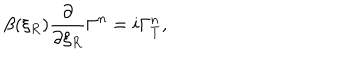
\beta ( \xi _ { R } ) { \frac { \partial } { \partial \xi _ { R } } } \Gamma ^ { n } = i \Gamma _ { T } ^ { n } ,